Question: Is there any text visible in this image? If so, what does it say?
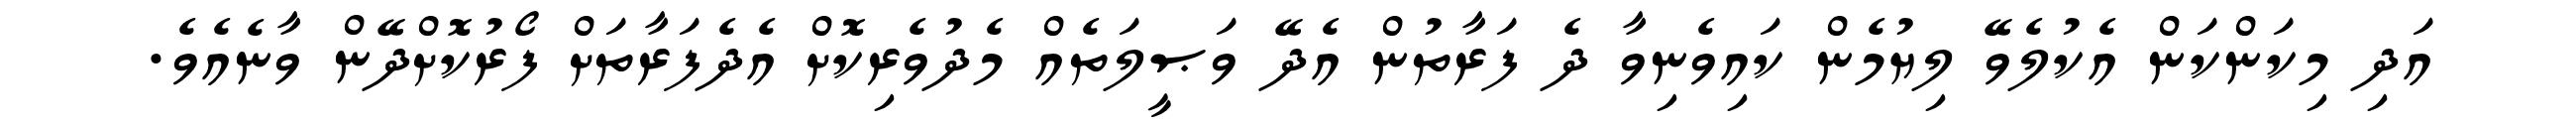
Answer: އަދި މިކަންކަން އެކުލެވޭ ލިޔުމެން ކައިވެނިވާ ދެ ފަރާތުން އެދޭ ވަޞީލަތެއް މެދުވެރިކޮށް އެދެފަރާތަށް ފޯރުކޮށްދޭން ވާނެއެވެ.